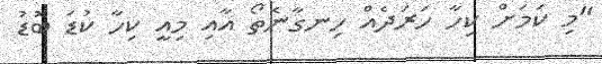
"މި ކަމަށް ކިހާ ހަރަދެއް ހިނގާނެތޯ އާއި މިއީ ކިހާ ކުޑަ ބޮޑު